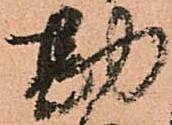
勘